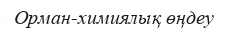
Орман-химиялық өңдеу